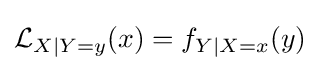
{\mathcal {L}}_{X\mid Y=y}(x)=f_{Y\mid X=x}(y)